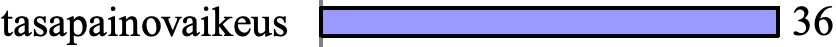
tasapainovaikeus          36